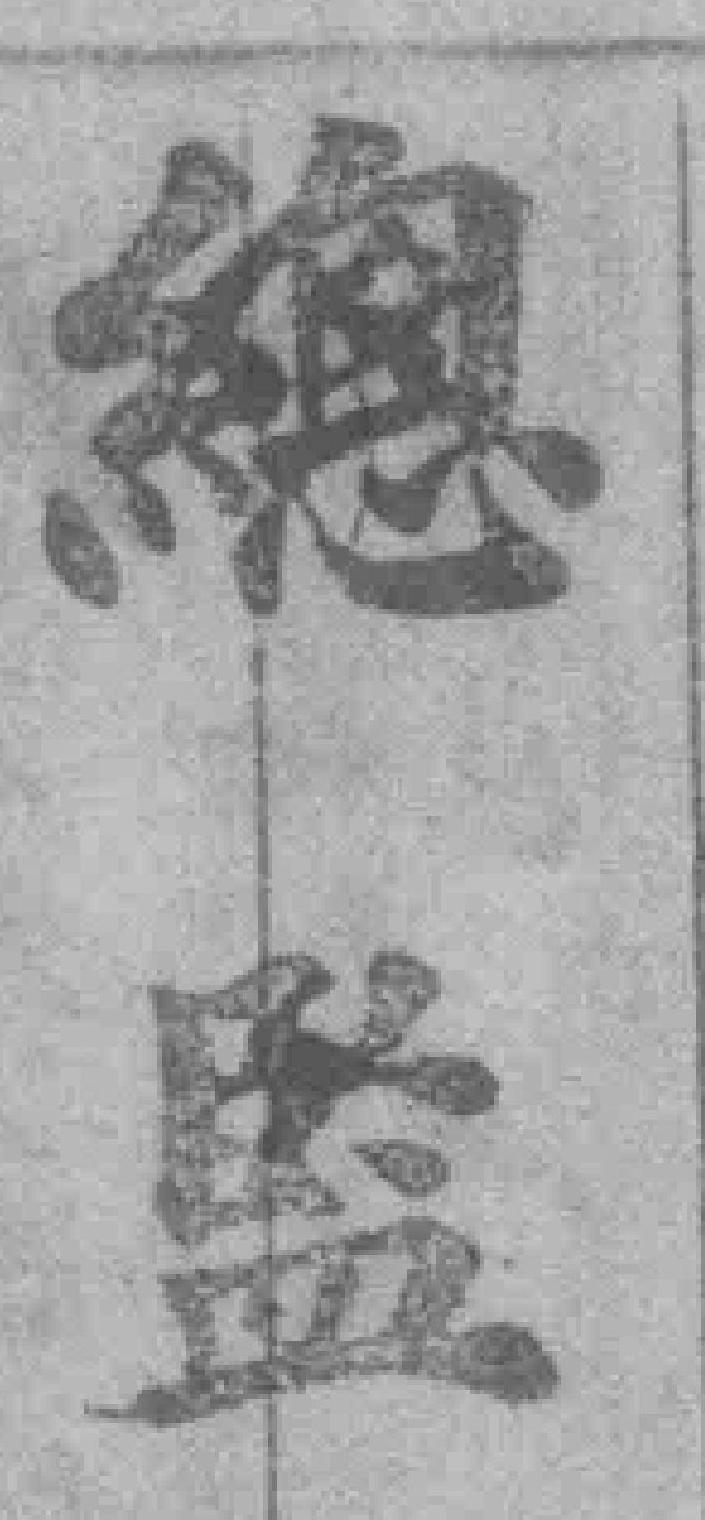
總監